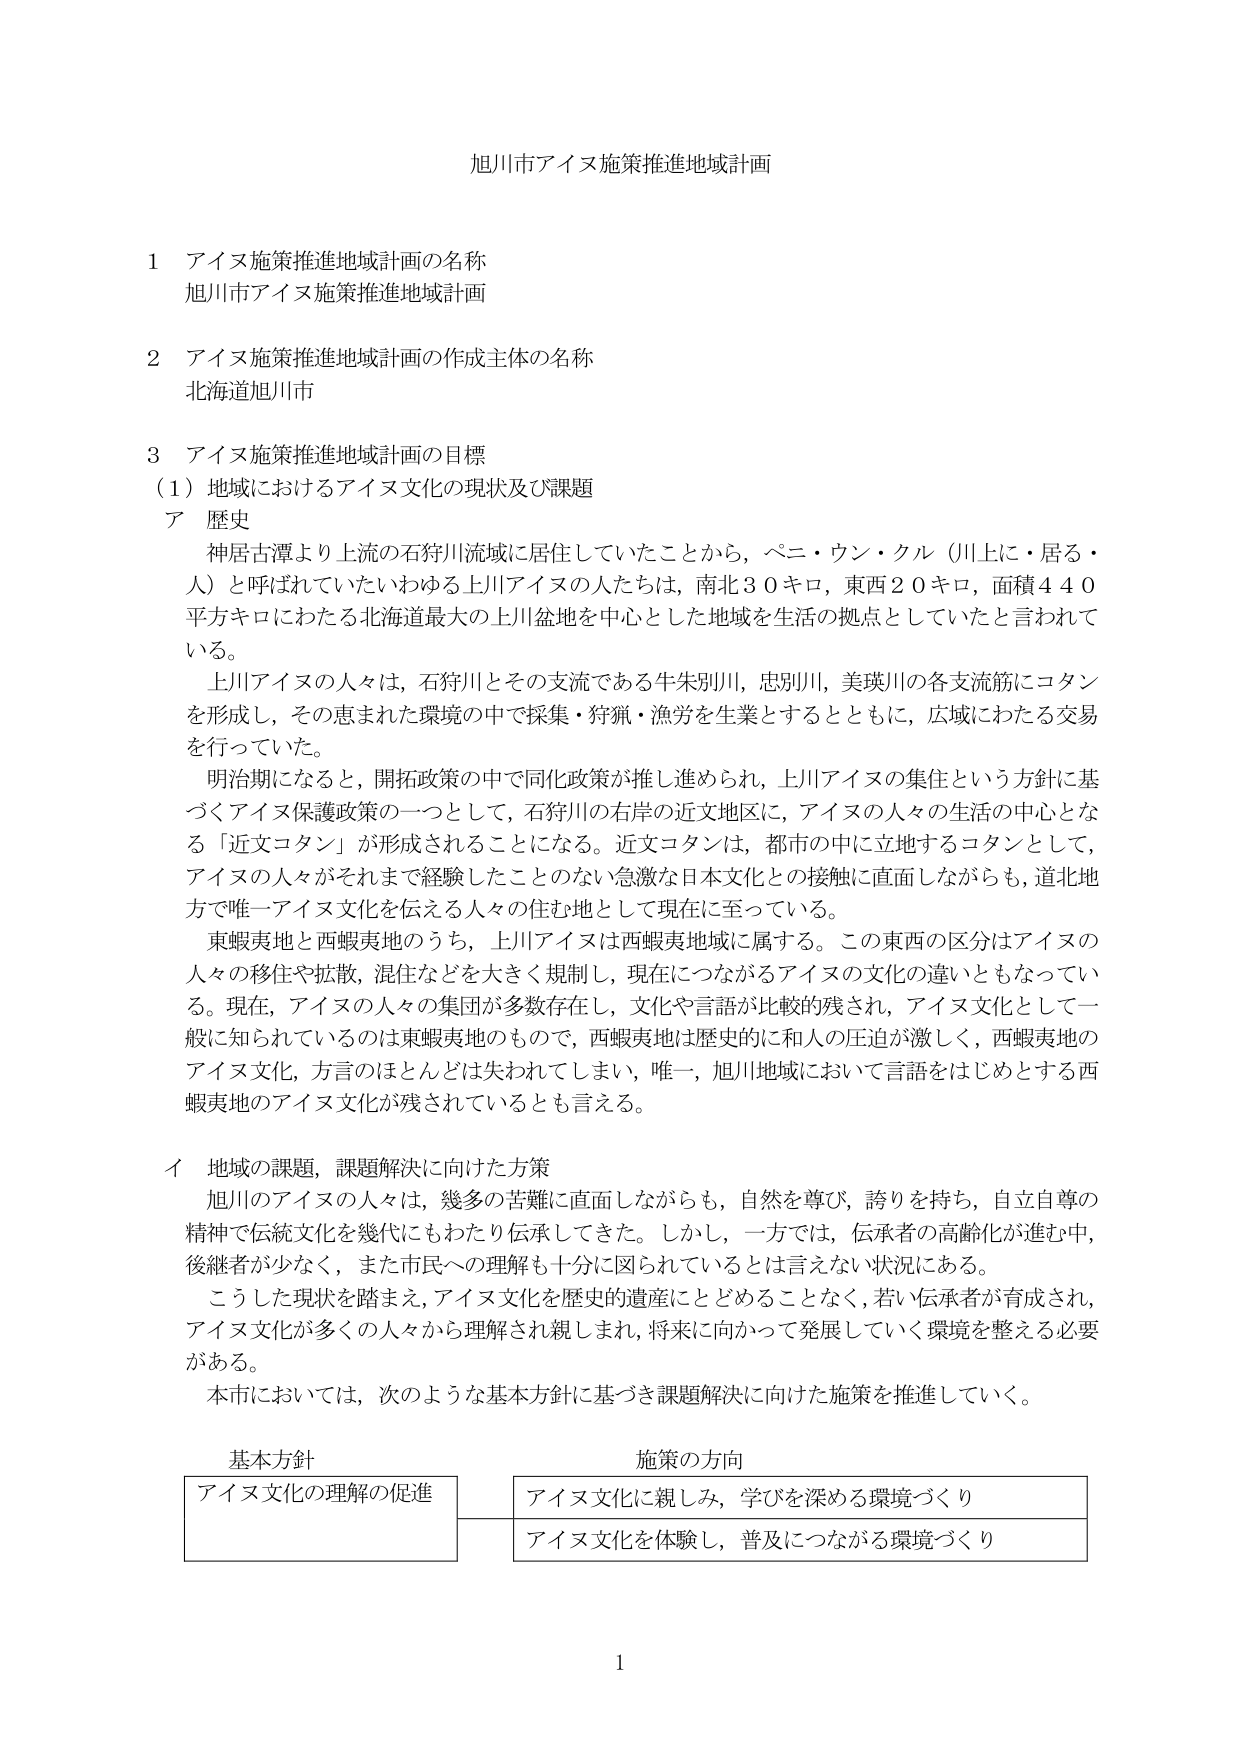
旭川市アイヌ施策推進地域計画

1 アイヌ施策推進地域計画の名称
旭川市アイヌ施策推進地域計画

2 アイヌ施策推進地域計画の作成主体の名称
北海道旭川市

3 アイヌ施策推進地域計画の目標
（1）地域におけるアイヌ文化の現状及び課題
ア 歴史
　神居古潭より上流の石狩川流域に居住していたことから，ペニ・ウン・クル（川上に・居る・人）と呼ばれていたいわゆる上川アイヌの人たちは，南北３０キロ，東西２０キロ，面積４４０平方キロにわたる北海道最大の上川盆地を中心とした地域を生活の拠点としていたと言われている。
　上川アイヌの人々は，石狩川とその支流である牛朱別川，忠別川，美瑛川の各支流筋にコタンを形成し，その恵まれた環境の中で採集・狩猟・漁労を生業とするとともに，広域にわたる交易を行っていた。
　明治期になると，開拓政策の中で同化政策が推し進められ，上川アイヌの集住という方針に基づくアイヌ保護政策の一つとして，石狩川の右岸の近文地区に，アイヌの人々の生活の中心となる「近文コタン」が形成されることになる。近文コタンは，都市の中に立地するコタンとして，アイヌの人々がそれまで経験したことのない急激な日本文化との接触に直面しながらも，道北地方で唯一アイヌ文化を伝える人々の住む地として現在に至っている。
　東蝦夷地と西蝦夷地のうち，上川アイヌは西蝦夷地域に属する。この東西の区分はアイヌの人々の移住や拡散，混住などを大きく規制し，現在につながるアイヌの文化の違いともなっている。現在，アイヌの人々の集団が多数存在し，文化や言語が比較的残され，アイヌ文化として一般に知られているのは東蝦夷地のもので，西蝦夷地は歴史的に和人の圧迫が激しく，西蝦夷地のアイヌ文化，方言のほとんどは失われてしまい，唯一，旭川地域において言語をはじめとする西蝦夷地のアイヌ文化が残されているとも言える。

イ 地域の課題，課題解決に向けた方策
　旭川のアイヌの人々は，幾多の苦難に直面しながらも，自然を尊び，誇りを持ち，自立自尊の精神で伝統文化を幾代にもわたり伝承してきた。しかし，一方では，伝承者の高齢化が進む中，後継者が少なく，また市民への理解も十分に図られているとは言えない状況にある。
　こうした現状を踏まえ，アイヌ文化を歴史的遺産にとどめることなく，若い伝承者が育成され，アイヌ文化が多くの人々から理解され親しまれ，将来に向かって発展していく環境を整える必要がある。
　本市においては，次のような基本方針に基づき課題解決に向けた施策を推進していく。

基本方針　　　　　　　　　　　　　施策の方向
アイヌ文化の理解の促進　　　　　　アイヌ文化に親しみ，学びを深める環境づくり
　　　　　　　　　　　　　　　　　アイヌ文化を体験し，普及につながる環境づくり

1